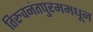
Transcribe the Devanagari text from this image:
तिरुवनंतपुरममधून